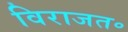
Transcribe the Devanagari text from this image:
विराजत॰